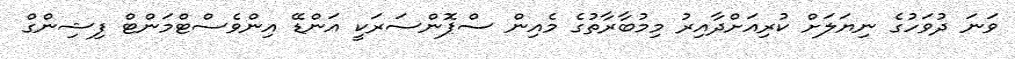
ވަނަ ދުވަހުގެ ނިޔަލަށް ކުރިއަށްދާއިރު މިމުބާރާތުގެ މެއިން ސްޕޮންސަރަކީ އަންޑޭ އިންވެސްޓްމަންޓް ފިޝިންގް